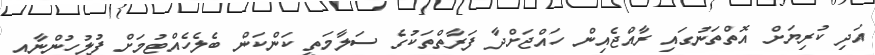
އަދި ކުރިޔަށް އޮތްތަނުގައި ރާއްޖެއިން ހައްޖަށްދާ ފަރާތްތަކުގެ ސަލާމަތީ ކަންކަން ބެލެހެއްޓުމަށް ފުލުހުންނާއި